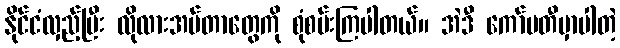
နိုင်ငံလှည့်ပြီး လိုလားအပ်တာတွေကို စုံစမ်းကြပါတယ်။ အဲဒီ ကော်မတီမှာပါတဲ့